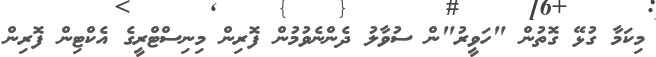
މިކަމާ ގުޅޭ ގޮތުން "ހަވީރު"ން ސުވާލު ދެންނެވުމުން ފޮރިން މިނިސްޓްރީގެ އެކްޓިން ފޮރިން